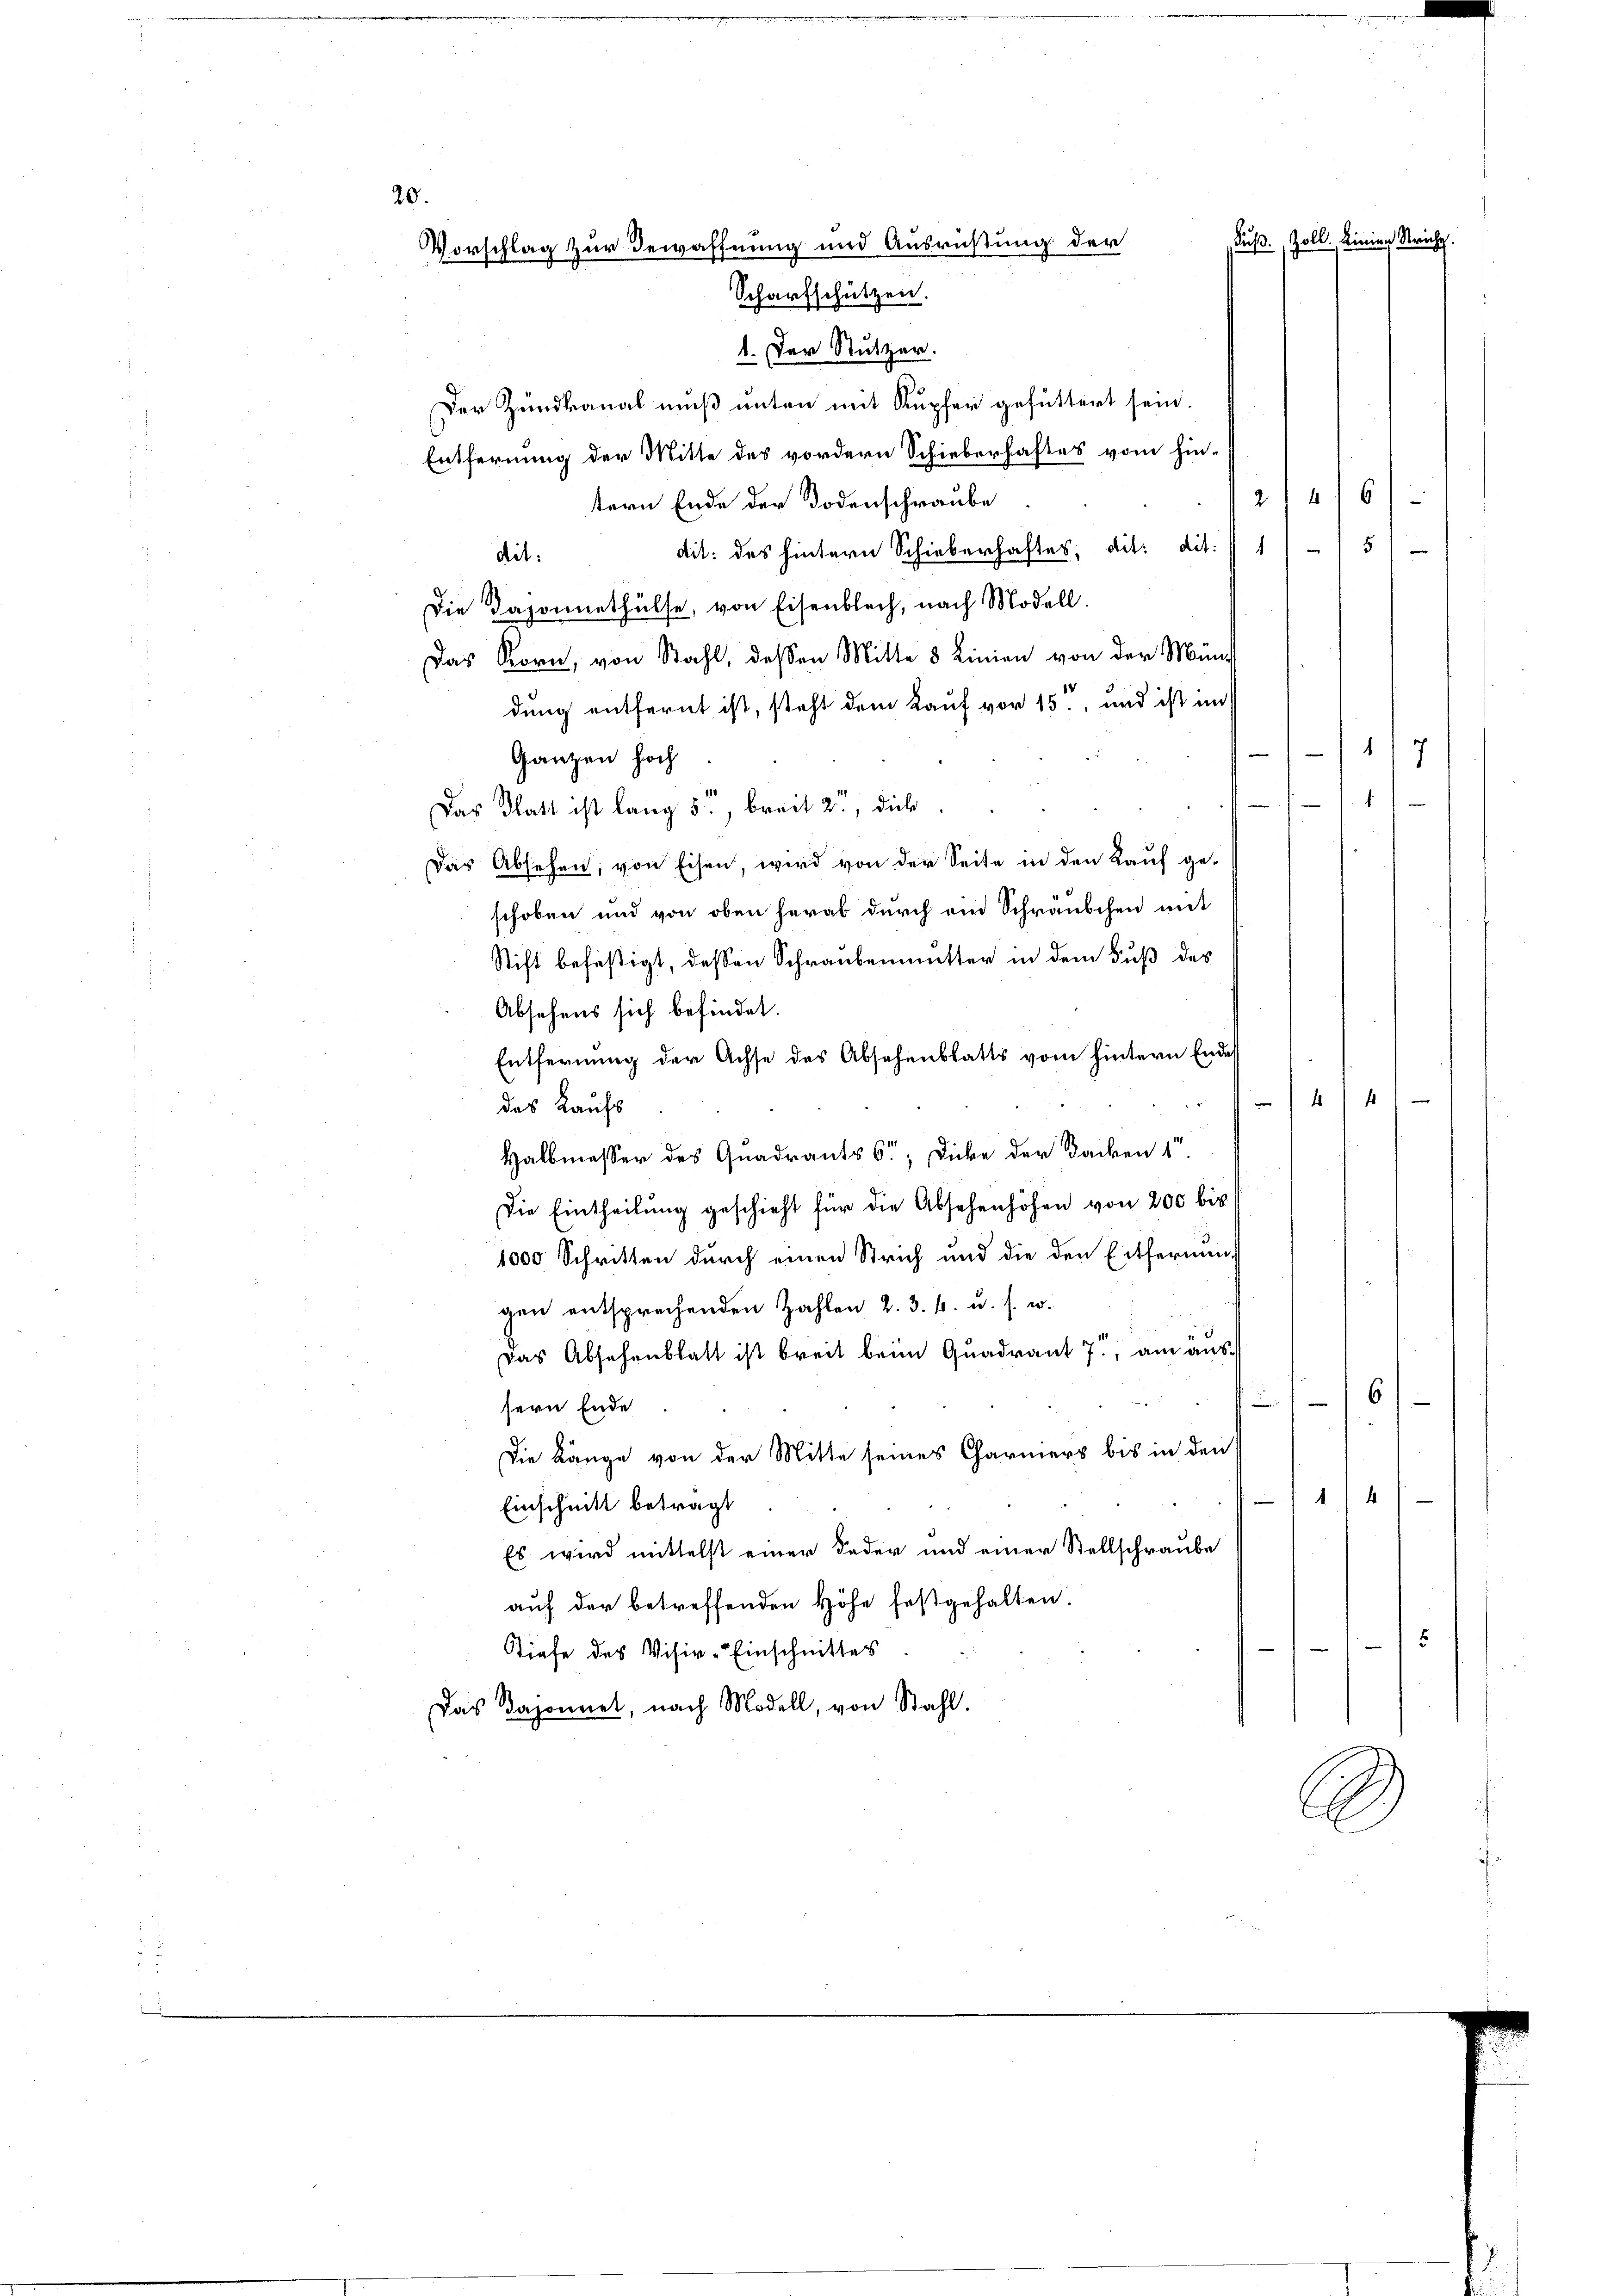
20.
uß. Zoll, Linien Stricht.
Vorschlag zur Bewaffnung und Ausrüstung der
Scharfschützen.

Der Zundkanal muß unten mit Kupfer gefüttert sein.
Entfernung der Mitte des vordern Schieberhaftes vom hin-
2146)
tern Ende der Todenschraube
dit: des hintern Schieberhaftes, dit: dit./1/5/
dit.
Die Daponnethülfe, von Eisenblech, nach Modell
Das Korn, von Stahl, dessen Mitte 8 Linien von der Mendung entfernt ist, steht dem Kauf vor 15., und ist mit
Ganzen hoch

Das Platt ist lang 5, breit 2., dies
Das Absehen, von Eisen, wird von der Seite in den Kauf geschoben und von oben herab durch ein Schräubchen mit
Stift befäßigt, dessen Schraubenmutter in dem Fuß des
Absehens sich befindet.
Entfernung der Achse des Absehenblatts vom hintern Endes
e
44
des Kaufs
Halbmesser des Quadrants 6; Dicke der Backen 1
Die Eintheilung geschieht für die Absehenhöhen von 200 bis
1000 Schritten durch einen Strich und die den Entfernung
gen entsprechenden Zahlen 2. 3. k. u. s. w.
Das Absehenblatt ist breit beim Quadrant 7, am aus¬
6
sern Ende
Die Länge von der Mitte seines Carmers bis in den
4
e
Einschnitt betragt
Es wird mittelst einer Feder und einer Stellschraube
auf der betreffenden Höhe festgehalten.
5
Stiefe des Visir-Einschnittes
Das Daponnet, nach Modell, von Stahl.

1/7

.

1